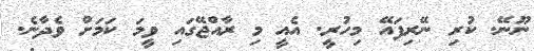
ނޫނޭ. ކުރި ނޭރިފައޭ މިހުރީ. އެއީ މި ރާއްޖޭގައި ވީމަ ކަމަށް ވެދާނެ.